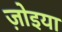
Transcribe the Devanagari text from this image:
ज़ोइया